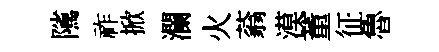
隲祚掀瀾火蓊漠董征魯